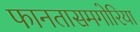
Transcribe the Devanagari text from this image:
फानतासमगोरिया